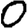
Digit: 0